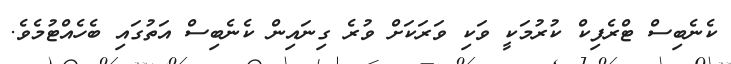
ކެނެބިސް ޓްރެފިކް ކުރުމަކީ ވަކި ވަރަކަށް ވުރެ ގިނައިން ކެނެބިސް އަތުގައި ބެހެއްޓުމެވެ.